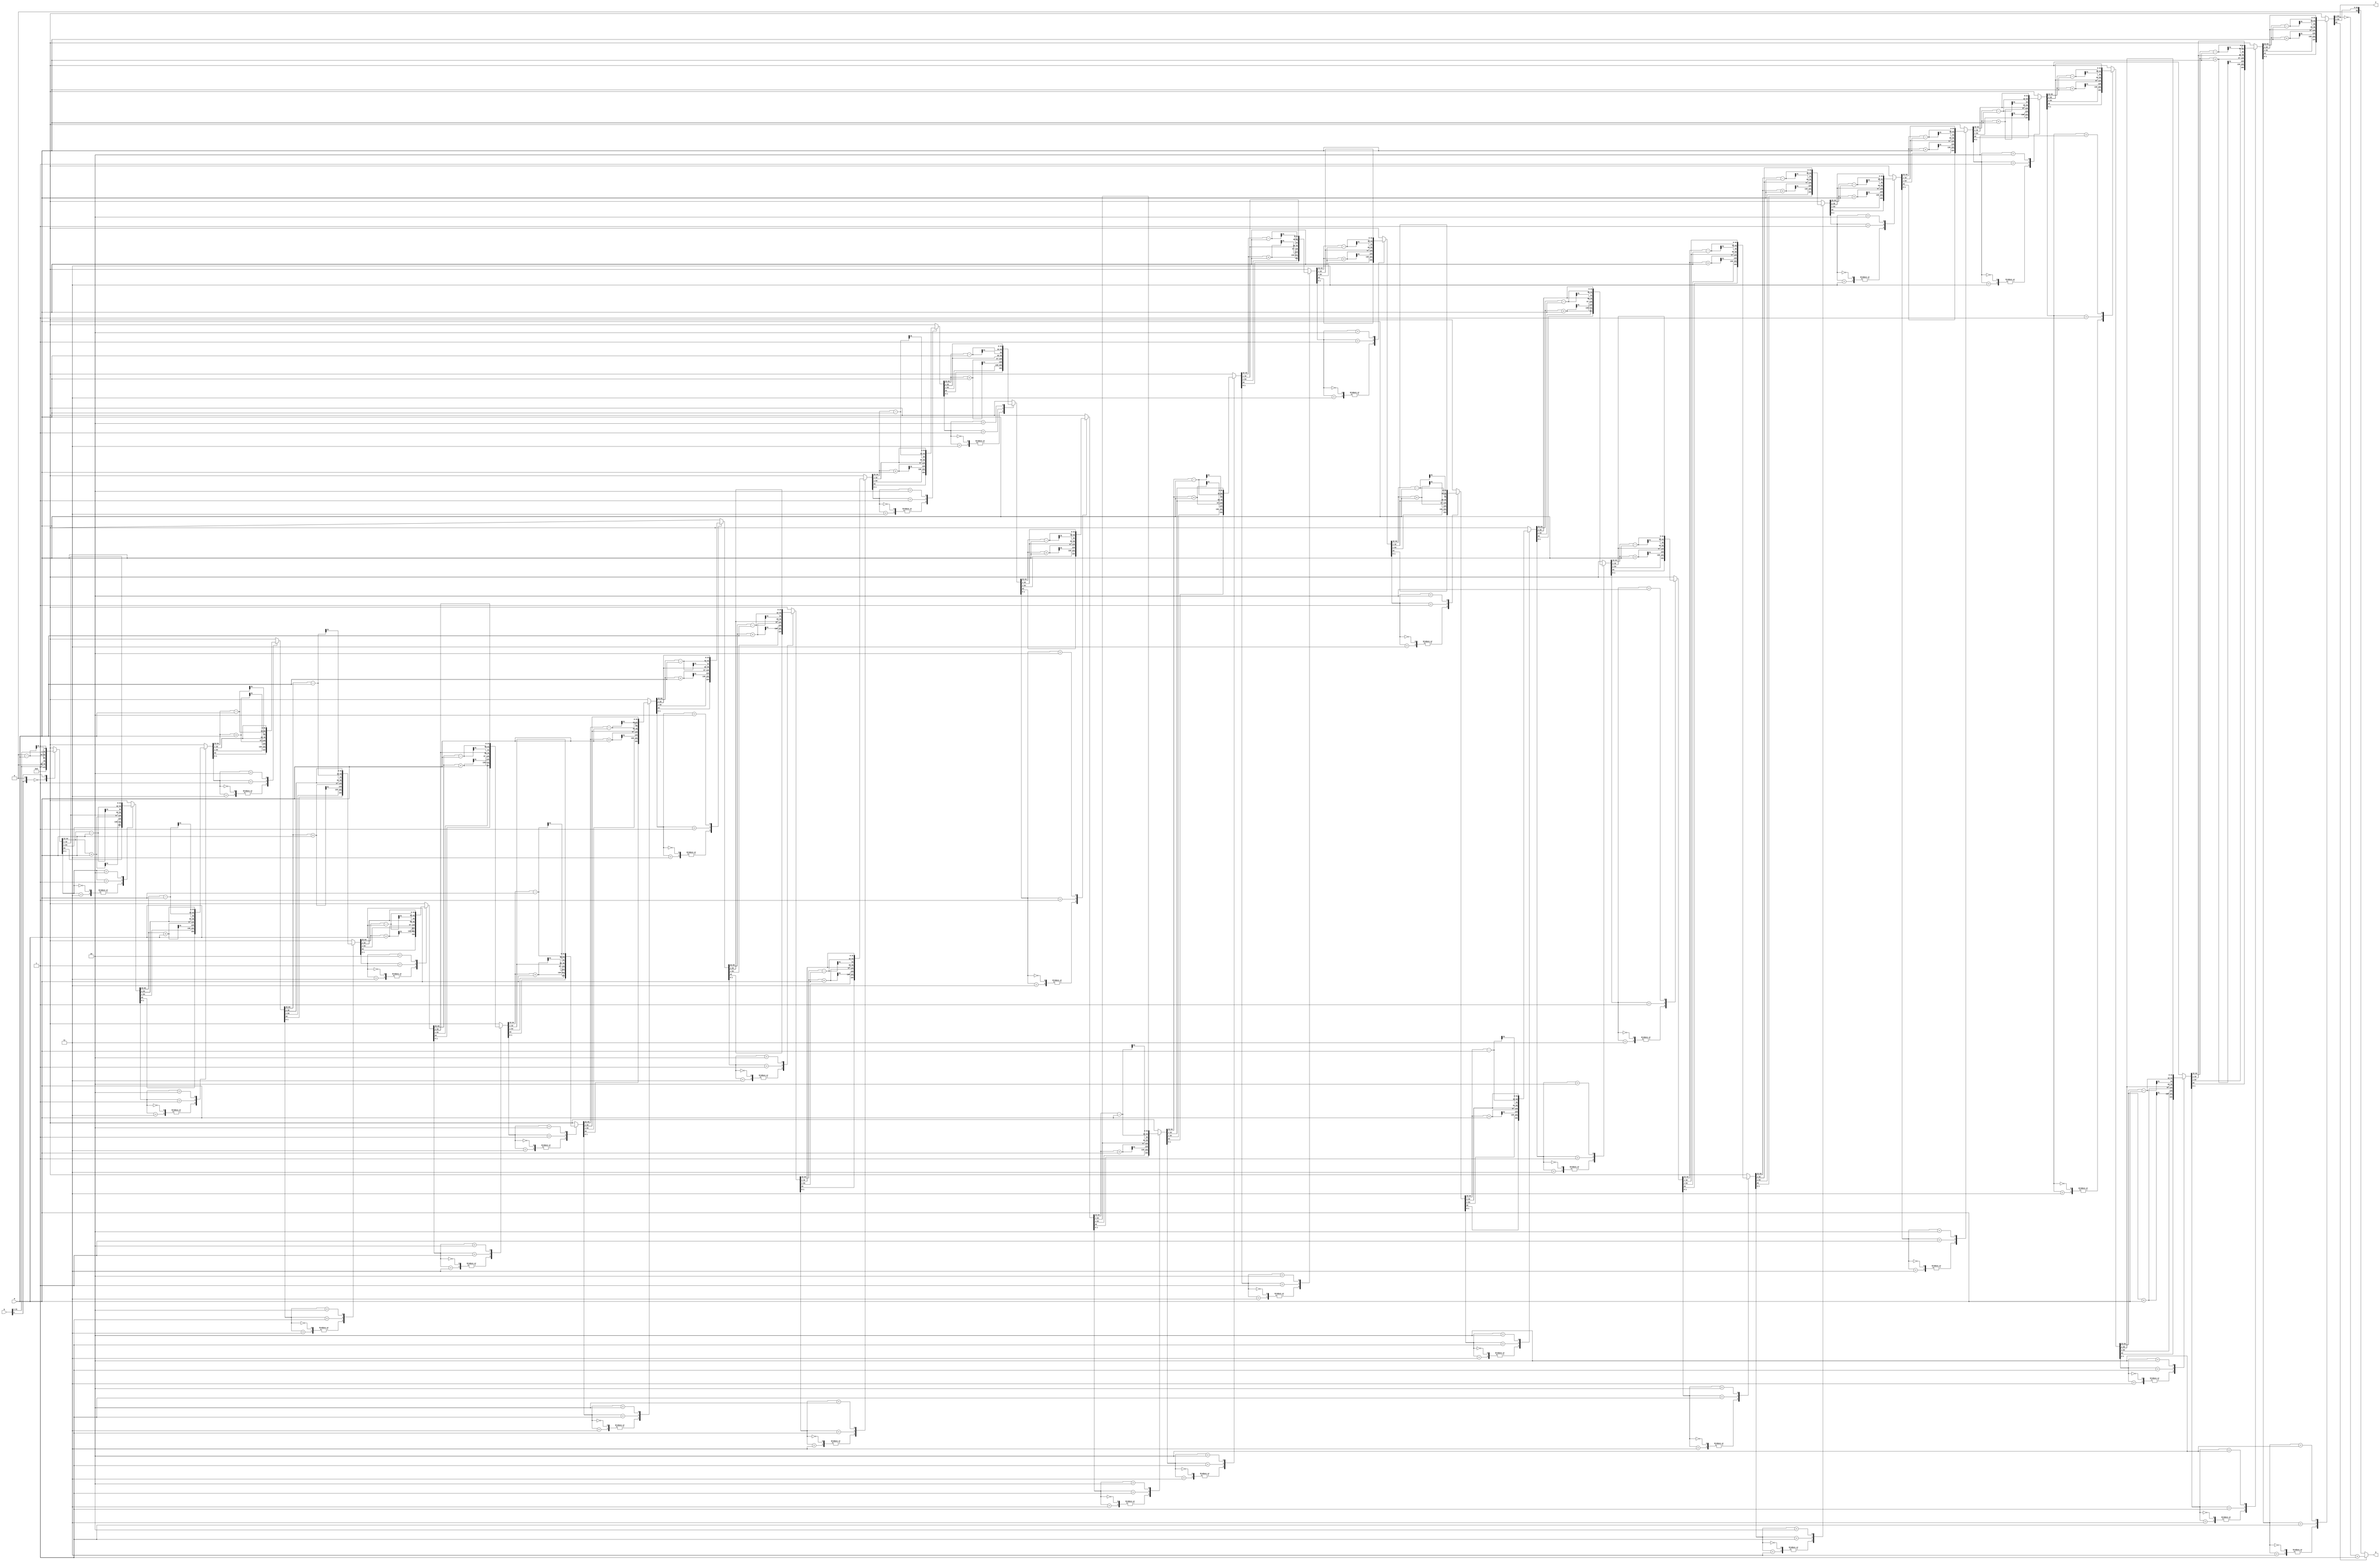
//Booth's Algorithm............
module booth(P , G , M , N);
 parameter size = 32;
 input signed [size - 1:0]M , N;
 output reg signed[size + size - 1:0]P;
 output reg [size + size - 1:0]G;//Magnitude
 
 reg signed[size - 1:0]X = 0;
 reg n = 1'b0;
 //reg [1:0]counter;
 integer counter ;
 
 reg signed [size + size:0]K;
 
 
 always @(M , N)
  begin
      K = {X , N , n}; 
      for(counter = 0 ; counter < size/*no of bits*/ ; counter = counter + 1)
	   begin
	     case({K[1],K[0]})
		      2'b00 , 2'b11 : begin K = K >>> 1; end
			  2'b01 : begin 
			              K[size + size:size + 1] = K[size + size:size + 1] + M;
						  K = K >>> 1;
					  end
			               
			  2'b10 : begin 
			              K[size + size:size + 1] = K[size + size:size + 1] - M;
						  K = K >>> 1;
					  end
			 // 2'b11 : begin K = K >>> 1; end
		 endcase
	   end
	   P = K[size + size:1];
	   G = (K[size + size] == 1'b1) ? ~K[size + size:1] + 1'b1 : K[size + size:1];
  end
  
  /*assign P = K[8:1];
  assign G = (K[8] == 1'b1) ? ~K[8:1] + 1'b1 : K[8:1];*/
endmodule

module test(P , G , M , N);
 input signed[63:0]P;
 input [63:0]G;
 output reg signed [31:0]M , N;
 
 //Driver
 initial
  begin
      #2 M = -7 ; N = 3 ;
	  #2 M = 3 ; N = 7 ;
	  #2 M = -7 ; N = 7 ;
	  #2 M = 2 ; N = 15 ;
	  #2 M = 16777215 ; N = 16777215;
	  
  end
  
 //Monitor
 initial
  begin
      $monitor($time , " M = %d , N = %d , P = %b , Magnitude = %d ", M , N , P , G);
	  #10 $finish;
  end
endmodule

module top;
 wire [31:0]M , N;
 wire [63:0]P , G;
 booth B(P , G , M , N);
 test T(P , G , M , N);
endmodule